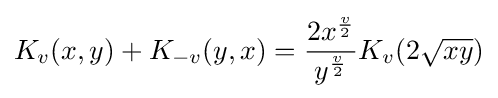
K_{v}(x,y)+K_{-v}(y,x)={\frac {2x^{\frac {v}{2}}}{y^{\frac {v}{2}}}}K_{v}(2{\sqrt {xy}})